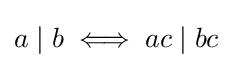
a\mid b\iff ac\mid bc